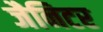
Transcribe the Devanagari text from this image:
जैनिटर